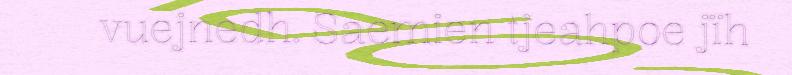
vuejnedh. Saemien tjeahpoe jïh